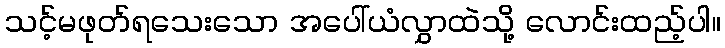
သင့်မဖုတ်ရသေးသော အပေါ်ယံလွှာထဲသို့ လောင်းထည့်ပါ။